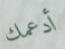
أدعمك